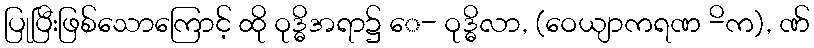
ပြုပြီးဖြစ်သောကြောင့် ထို ဝုဒ္ဓိအရာ၌ ေ- ဝုဒ္ဓိလာ, (ဝေယျာကရဏ -ိက), ဏ်